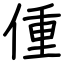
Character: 偅